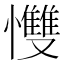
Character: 𢥠